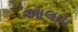
આલાપ